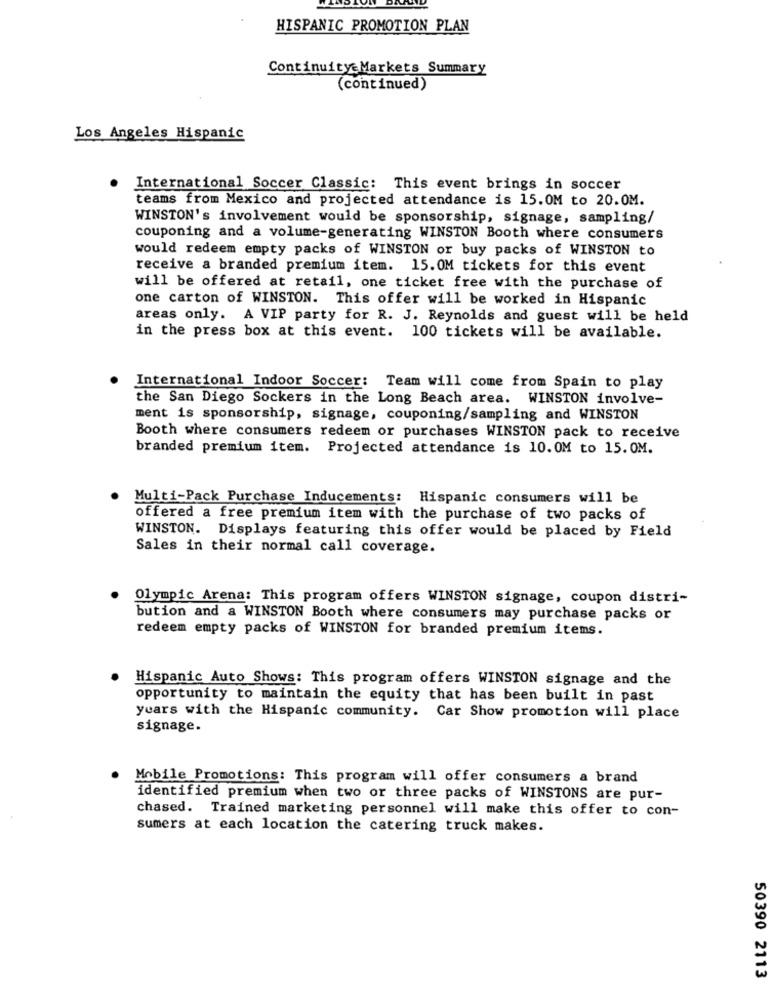
HISPANIC PROMOTION PLAN
Continuity Markets Summary
(continued)
Los Angeles Hispanic
International Soccer Classic: This event brings in soccer
teams from Mexico and projected attendance is 15.0M to 20.0M.
WINSTON's involvement would be sponsorship, signage, sampling/
couponing and a volume-generating WINSTON Booth where consumers
would redeem empty packs of WINSTON or buy packs of WINSTON to
receive a branded premium item. 15. OM tickets for this event
will be offered at retail, one ticket free with the purchase of
one carton of WINSTON. This offer will be worked in Hispanic
areas only. A VIP party for R. J. Reynolds and guest will be held
in the press box at this event. 100 tickets will be available.
International Indoor Soccer: Team will come from Spain to play
the San Diego Sockers in the Long Beach area. WINSTON involve-
ment is sponsorship, signage, couponing/sampling and WINSTON
Booth where consumers redeem or purchases WINSTON pack to receive
branded premium item. Projected attendance is 10.0M to 15. 0M.
Multi-Pack Purchase Inducements: Hispanic consumers will be
offered a free premium item with the purchase of two packs of
WINSTON. Displays featuring this offer would be placed by Field
Sales in their normal call coverage.
Olympic Arena: This program offers WINSTON signage, coupon distri-
bution and a WINSTON Booth where consumers may purchase packs or
redeem empty packs of WINSTON for branded premium items.
Hispanic Auto Shows: This program offers WINSTON signage and the
opportunity to maintain the equity that has been built in past
years with the Hispanic community. Car Show promotion will place
signage.
Mobile Promotions: This program will offer consumers a brand
identified premium when two or three packs of WINSTONS are pur-
chased. Trained marketing personnel will make this offer to con-
sumers at each location the catering truck makes.
50390 2113